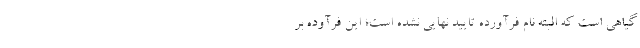
گیاهی است که البته نام فرآورده تایید نهایی نشده است؛ این فرآوده بر